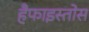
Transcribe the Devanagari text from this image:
हैफाइस्तोस